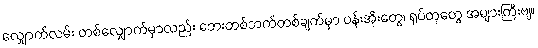
လျှောက်လမ်း တစ်လျှောက်မှာလည်း ဘေးတစ်ဘက်တစ်ချက်မှာ ပန်းအိုးတွေ၊ ရုပ်တုတွေ အများကြီးဗျ။